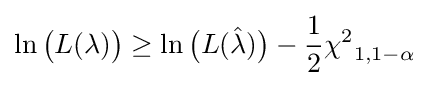
\ln {\big (}L(\lambda ){\big )}\geq \ln {\big (}L({\hat {\lambda }}){\big )}-{\frac {1}{2}}{\chi ^{2}}_{1,1-\alpha }